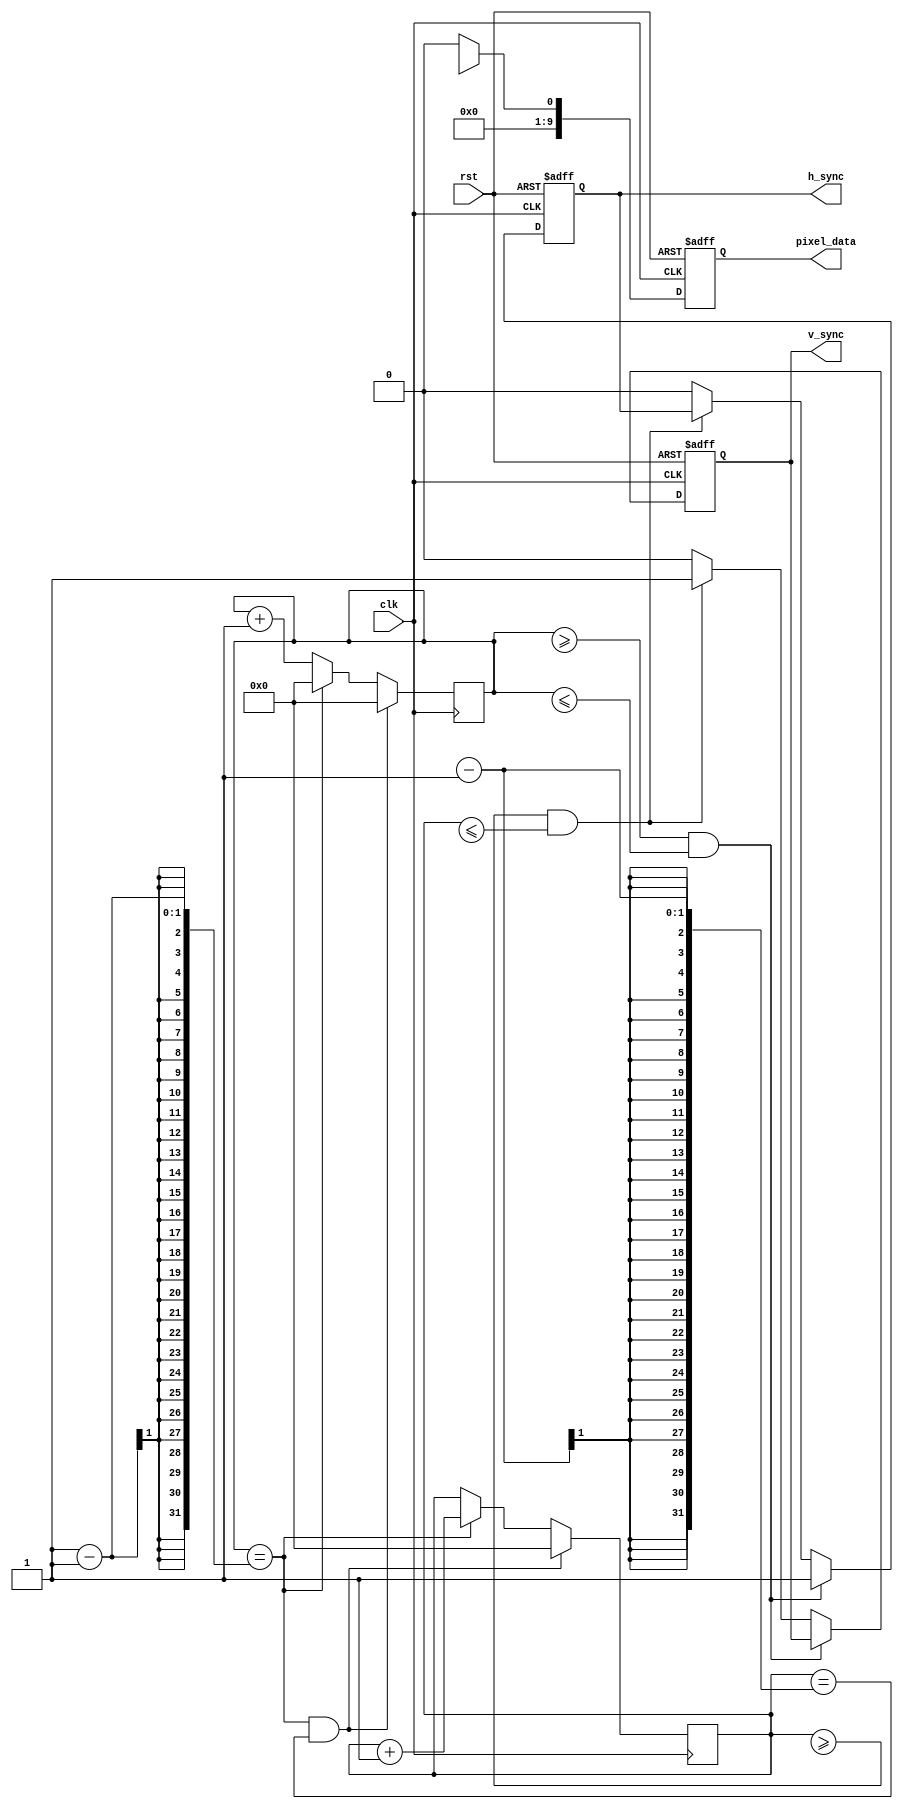
module vga_controller
(
  input wire clk,
  input wire rst,
  output reg h_sync,
  output reg v_sync,
  output reg [9:0] pixel_data
);

reg [10:0] h_count;
reg [10:0] v_count;

// Horizontal and vertical synchronization pulses
always @(posedge clk or posedge rst)
begin
  if (rst)
  begin
    h_sync <= 1'b0;
    v_sync <= 1'b0;
  end
  else if (h_count >= H_SYNC_START && h_count <= H_SYNC_END)
  begin
    h_sync <= 1'b1;
  end
  else if (v_count >= V_SYNC_START && v_count <= V_SYNC_END)
  begin
    v_sync <= 1'b1;
  end
  else
  begin
    h_sync <= 1'b0;
    v_sync <= 1'b0;
  end
end

// Pixel data output to the display
always @(posedge clk or posedge rst)
begin
  if (rst)
  begin
    pixel_data <= 10'b0;
  end
  else if (display_enable)
  begin
    pixel_data <= display_data;
  end
  else
  begin
    pixel_data <= 10'b0;
  end
end

// Display timing and refresh cycle management
always @(posedge clk)
begin
  if (h_count == H_RES - 1 && v_count == V_RES - 1)
  begin
    h_count <= 11'b0;
    v_count <= 11'b0;
  end
  else if (h_count == H_RES - 1)
  begin
    h_count <= 11'b0;
    v_count <= v_count + 1;
  end
  else
  begin
    h_count <= h_count + 1;
    v_count <= v_count;
  end
end

endmodule